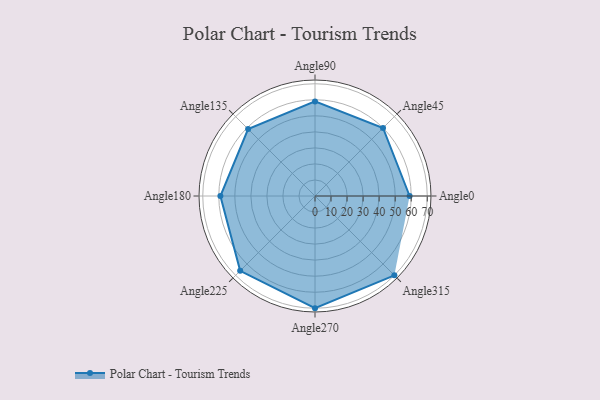
{"axis": {"x": "Angle", "y": "Radius"}, "legend": [""], "data": [{"x": "Angle0", "y": 59.0, "type": ""}, {"x": "Angle45", "y": 60.0, "type": ""}, {"x": "Angle90", "y": 59.0, "type": ""}, {"x": "Angle135", "y": 59.0, "type": ""}, {"x": "Angle180", "y": 59.0, "type": ""}, {"x": "Angle225", "y": 66.0, "type": ""}, {"x": "Angle270", "y": 70.0, "type": ""}, {"x": "Angle315", "y": 70.0, "type": ""}]}